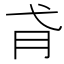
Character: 𢎀